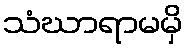
သံဃာရာမမှိ